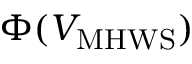
\Phi ( \ensuremath { V _ { \mathrm { M H W S } } } )